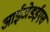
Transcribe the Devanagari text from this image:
आईजेडईएस